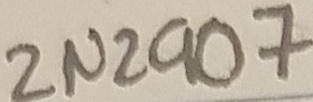
Text: 2N2907